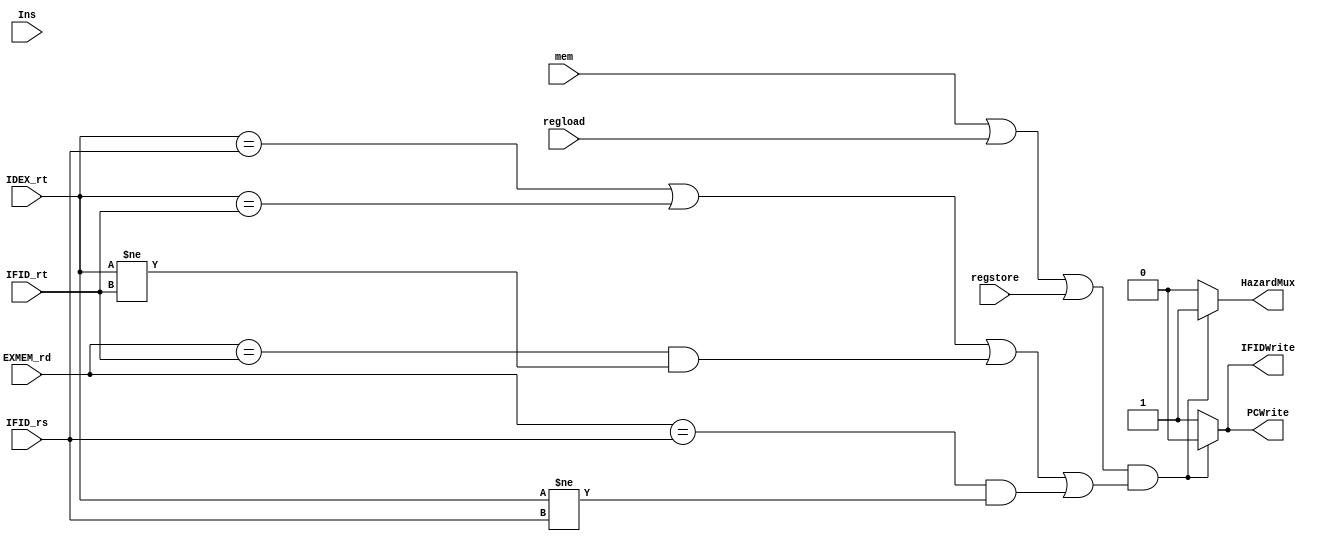
module hazardunit(IFIDWrite,PCWrite,HazardMux,IFID_rs, IFID_rt, IDEX_rt, EXMEM_rd, Ins, regload, regstore, mem);

	output IFIDWrite, PCWrite, HazardMux;
	input [4:0] IDEX_rt,IFID_rs,IFID_rt, EXMEM_rd;
	input mem, regload, regstore;
    input [31:0] Ins;


        assign HazardMux = ((mem||regload||regstore)&&
		(IDEX_rt == IFID_rs || 
		IDEX_rt == IFID_rt || 
		(EXMEM_rd == IFID_rt && IDEX_rt != IFID_rt) || 
		(EXMEM_rd == IFID_rs && IDEX_rt != IFID_rs)))?1:0;  
		
		assign IFIDWrite = ((mem || regload || regstore)&&
		(IDEX_rt == IFID_rs || 
		IDEX_rt == IFID_rt ||  
		(EXMEM_rd == IFID_rt && IDEX_rt != IFID_rt) || 
		(EXMEM_rd == IFID_rs && IDEX_rt != IFID_rs)))?0:1;                // (EXMEM_rd == IFID_rt && IDEX_rt != IFID_rt) || (EXMEM_rd == IFID_rs && IDEX_rt != IFID_rs)
		
		assign PCWrite = ((mem|| regload || regstore)&&
		(IDEX_rt == IFID_rs || 
		IDEX_rt == IFID_rt  || 
		(EXMEM_rd == IFID_rt && IDEX_rt != IFID_rt) || 
		(EXMEM_rd == IFID_rs && IDEX_rt != IFID_rs)))?0:1;                    //    EXMEM_rd == IFID_rt || EXMEM_rd == IFID_rs 
		
endmodule





//module hazardunit(IFIDWrite,PCWrite,HazardMux, IFID_rs, IFID_rt, IDEX_rd, EXMEM_rd, Ins, mem, mem2);
//   output reg   IFIDWrite, PCWrite, HazardMux;
//   input [31:0] Ins;
//   input [4:0] EXMEM_rd, IDEX_rd, IFID_rs, IFID_rt;
//   wire [5:0]opcode;
//   input mem, mem2;
//   wire [4:0]IFID_rt, IFID_rs;
//   assign opcode = Ins[31:26];
////   assign IFID_rs = IFID_ins[25:21];
////   assign IFID_rt = IFID_ins[20:16];
   
////   wire [5:0] opcode2; 
////   assign opcode2 = IDEX_ins[31:26];
////   assign IDEX_rd = (opcode2 == 6'b0)? IDEX_ins[20:16]:IDEX_ins[15:11];

//always@(mem2) begin
//    if (mem == 1) begin
//        if ((IDEX_rd == IFID_rs || IDEX_rd == IFID_rt)) begin
//            IFIDWrite = 0;
//            PCWrite = 0;
//            HazardMux = 1;
        
//        end else if ((IDEX_rd != IFID_rs  && EXMEM_rd == IFID_rs)) begin
//            IFIDWrite = 0;
//            PCWrite = 0;
//            HazardMux = 1;    
        
//        end else if ((IDEX_rd != IFID_rt  && EXMEM_rd == IFID_rt)) begin
//            IFIDWrite = 0;
//            PCWrite = 0;
//            HazardMux = 1;    
         
//        end else begin
//            IFIDWrite = 1;
//            PCWrite = 1;
//            HazardMux = 0; 
//        end                       
//    end
    
//    else begin
//        if ((IDEX_rd == IFID_rs)) begin
//            IFIDWrite = 0;
//            PCWrite = 0;
//            HazardMux = 1;
        
//        end else if ((IDEX_rd != IFID_rs  && EXMEM_rd == IFID_rs)) begin
//            IFIDWrite = 0;
//            PCWrite = 0;
//            HazardMux = 1;      
         
//        end else begin
//            IFIDWrite = 1;
//            PCWrite = 1;
//            HazardMux = 0;  
//        end    
//    end  
//end        
//endmodule